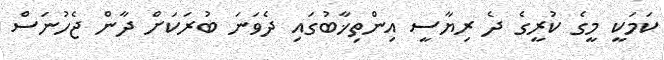
ކަމަކީ މީގެ ކުރީގެ ދެ ރިޔާސީ އިންތިޚާބުގައި ދެވަނަ ބުރަކަށް ދާން ޖެހުނަސް